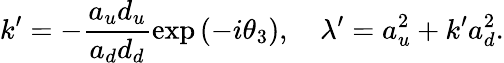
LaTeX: k^{\prime}=-\frac{a_{u}d_{u}}{a_{d}d_{d}}\exp\left(-i\theta_{3}\right),\mathrm{\quad}\lambda^{\prime}=a_{u}^{2}+k^{\prime}a_{d}^{2}.